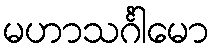
မဟာသင်္ဂါမော